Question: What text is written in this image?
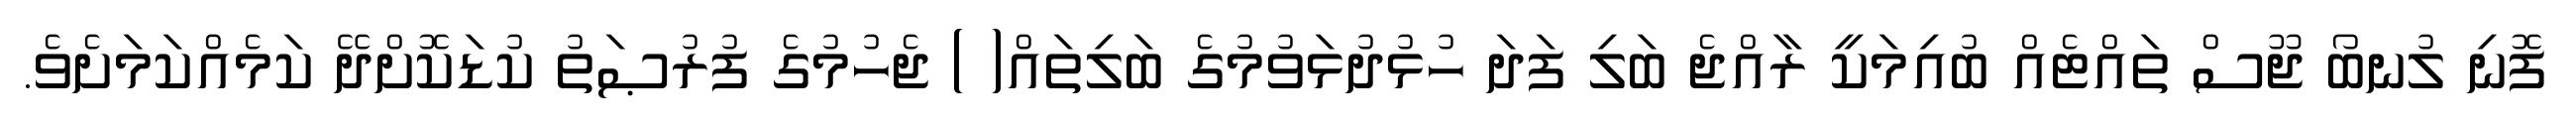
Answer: ފޮނި ލުނބޯ ޖޫސް ތައްޓެއް ބުއިމަކީ ރާއްޖެ ބަލި ފަދަ ހުޅުދުޅަވުމުގެ ބަލިތައް( ) ޖެހުމުގެ ފުރުޞަތު ކުޑަކޮށްދޭ ކަމެއްކަމަށެވެ.